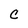
Character: c